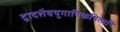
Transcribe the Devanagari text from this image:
द्वादशैवयुगानिकथितानि